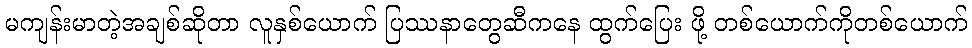
မကျန်းမာတဲ့အချစ်ဆိုတာ လူနှစ်ယောက် ပြဿနာတွေဆီကနေ ထွက်ပြေး ဖို့ တစ်ယောက်ကိုတစ်ယောက်